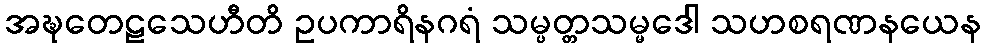
အဍ္ဎတေဠသေဟီတိ ဥပကာရိနဂရံ သမ္ပတ္တသမ္မဒေါ သဟစရဏနယေန